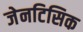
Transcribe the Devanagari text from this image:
जेनटिसिक